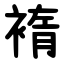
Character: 䙃